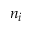
n _ { i }